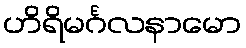
ဟိရိမင်္ဂလနာမော